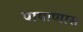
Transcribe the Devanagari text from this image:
पाषाणास